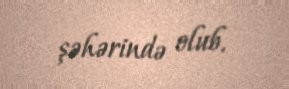
şəhərində olub.